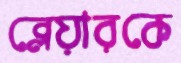
ব্লেয়ারকে